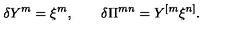
\delta Y ^ { m } = \xi ^ { m } , \qquad \delta \Pi ^ { m n } = Y ^ { [ m } \xi ^ { n ] } .